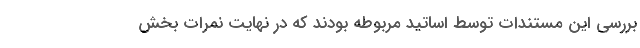
بررسی این مستندات توسط اساتید مربوطه بودند که در نهایت نمرات بخش